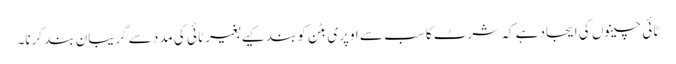
ٹائی چینوں کی ایجاد ہے کہ شرٹ کا سب سے اوپری بٹن کو بند کیے بغیر ٹائی کی مدد سے گریبان بند کرنا۔